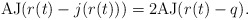
\begin{align*}{\rm AJ}(r(t)-j(r(t)))=2{\rm AJ}(r(t)-q).\end{align*}